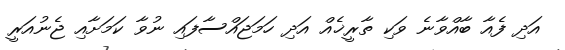
އަދި ފެއާ ބާއްވާނެ ވަކި ތާރީޚެއް އަދި ހަމަޖައްސާފައި ނުވާ ކަމަށާއި ޖެނުއަރީ